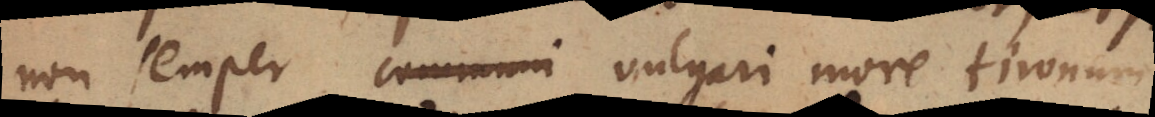
non semper communi vulgari more tironum